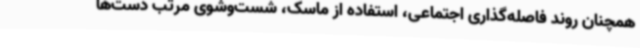
همچنان روند فاصله‌گذاری اجتماعی، استفاده از ماسک، شست‌وشوی مرتب دست‌ها